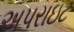
અપરાઇટ